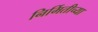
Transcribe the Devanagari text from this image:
निर्मितीच्‍या